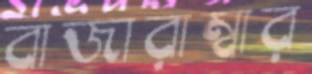
বাজারাম্বার